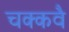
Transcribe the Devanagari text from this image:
चक्‍कवै